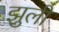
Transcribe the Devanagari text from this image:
झुली